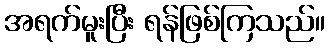
အရက်မူးပြီး ရန်ဖြစ်ကြသည်။